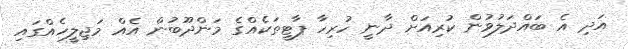
އަދި އެ ބައްދަލުވުން ކުރިއަށް ދާނީ ހުރިހާ ޕާޓީތަކެއްގެ މަންދޫބުން އެއް މަޖިލީހެއްގައި